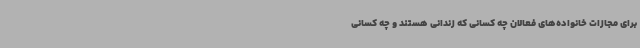
برای مجازات خانواده‌های فعالان چه کسانی که زندانی هستند و چه کسانی